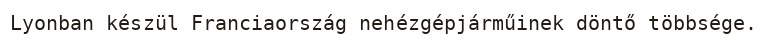
Lyonban készül Franciaország nehézgépjárműinek döntő többsége.